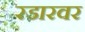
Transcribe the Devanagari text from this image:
रडारवर